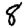
Digit: 8